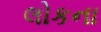
લોકના